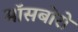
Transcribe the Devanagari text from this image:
मॉसबोरो